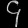
Digit: ၄